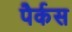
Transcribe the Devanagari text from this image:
पैर्कस